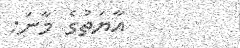
އާޔަތުގެ މާނަ: